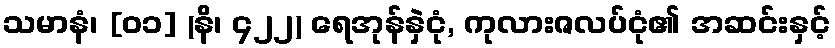
သမာနံ၊ [၀၁] (နိ၊ ၄၂၂) ရေအုန်နှဲငုံ, ကုလားဇလပ်ငုံ၏ အဆင်းနှင့်